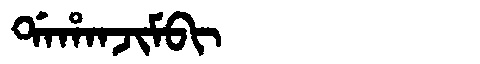
Manchu: ᡩᠠᡥᠠᠨᠵᡳᠮᠪᡳ
Romanization: DAHANJIMBI